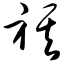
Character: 祺